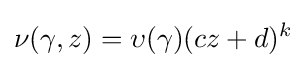
\nu (\gamma ,z)=\upsilon (\gamma )(cz+d)^{k}